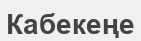
Кабекеңе